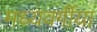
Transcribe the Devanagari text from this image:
मध्यवर्गीया